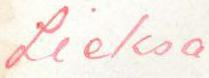
Lieksa